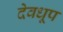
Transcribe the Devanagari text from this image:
देवधूप